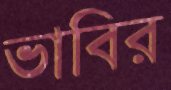
ভাবির